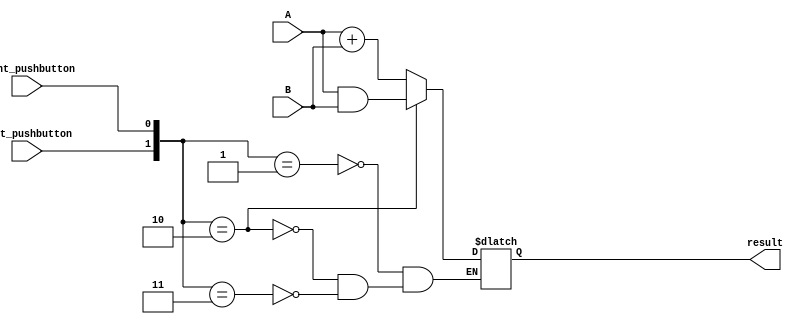
`timescale 1ns / 1ps
//////////////////////////////////////////////////////////////////////////////////
// Company: 
// Engineer: 
// 
// Design Name: 
// Module Name:    lab0_top 
// Project Name: 
// Target Devices: 
// Tool versions: 
// Description: 
//
// Dependencies: 
//
// Revision: 
// Revision 0.01 - File Created
// Additional Comments: 
//
//////////////////////////////////////////////////////////////////////////////////
module lab0_top(
	input left_pushbutton,
	input right_pushbutton,
	input [3:0] A,
	input [3:0] B,
	output reg [3:0] result
   );
	
	wire [3:0] anded_result;
	wire [3:0] added_result;
	assign anded_result = A & B;
	assign added_result = A + B;
	
	always @* begin
		case ({left_pushbutton, right_pushbutton})
			2'b01 : result = added_result;
			2'b10 : result = anded_result;
			2'b11 : result = added_result;
		endcase
	end

endmodule